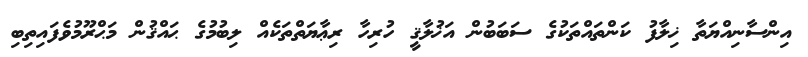
އިންސާނިއްޔަތާ ޚިލާފު ކަންތައްތަކުގެ ސަބަބުން އަޚުލާޤީ ހުރިހާ ރިޢާޔަތްތަކެއް ލިބުމުގެ ޙައްޤުން މަޙްރޫމުވެފައިތިބި